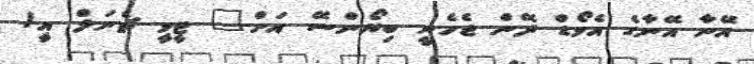
އޭނާ އޭނާގެ އެވޯޑް ދޭން ޖެހެނީ ބިޔޯންސޭ އަށް" ޓީވީ ޗެނަލް އީ!